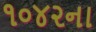
૧૦૪૨ના